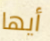
أيها